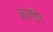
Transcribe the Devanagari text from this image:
ज़ागीर